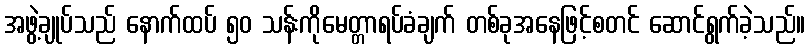
အဖွဲ့ချုပ်သည် နောက်ထပ် ၅၀ သန်းကိုမေတ္တာရပ်ခံချက် တစ်ခုအနေဖြင့်စတင် ဆောင်ရွက်ခဲ့သည်။